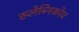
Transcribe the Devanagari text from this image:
ख्लेब्निकोव